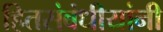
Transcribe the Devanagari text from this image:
हितसंबंधीयांनी